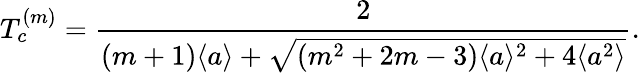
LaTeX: T_{c}^{(m)}=\frac{2}{(m+1)\langle a\rangle+\sqrt{(m^{2}+2m-3)\langle a\rangle^{2}+4\langle a^{2}\rangle}}.